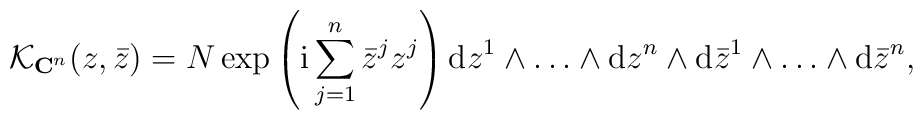
{\cal K}_{{\bf C}^n}(z, \bar z) = N \,{\rm exp}\left({\rm i}\sum_{j=1}^n\bar z^j z^j\right){\rm d}z^1\wedge\ldots\wedge{\rm d}z^n\wedge{\rm d}\bar z^1\wedge\ldots\wedge{\rm d}\bar z^n,